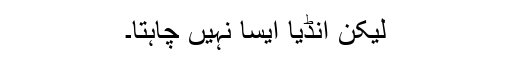
لیکن انڈیا ایسا نہیں چاہتا۔